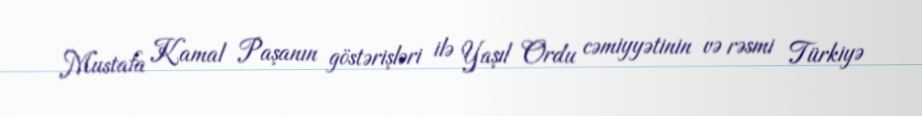
Mustafa Kamal Paşanın göstərişləri ilə Yaşıl Ordu cəmiyyətinin və rəsmi Türkiyə